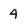
Character: 4